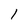
Character: 1